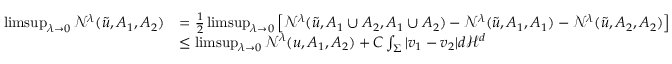
\begin{array} { r l } { \operatorname* { l i m s u p } _ { \lambda \to 0 } \mathcal { N } ^ { \lambda } ( \tilde { u } , A _ { 1 } , A _ { 2 } ) } & { = \frac { 1 } { 2 } \operatorname* { l i m s u p } _ { \lambda \to 0 } \left[ \mathcal { N } ^ { \lambda } ( \tilde { u } , A _ { 1 } \cup A _ { 2 } , A _ { 1 } \cup A _ { 2 } ) - \mathcal { N } ^ { \lambda } ( \tilde { u } , A _ { 1 } , A _ { 1 } ) - \mathcal { N } ^ { \lambda } ( \tilde { u } , A _ { 2 } , A _ { 2 } ) \right] } \\ & { \leq \operatorname* { l i m s u p } _ { \lambda \to 0 } \mathcal { N } ^ { \lambda } ( u , A _ { 1 } , A _ { 2 } ) + C \int _ { \Sigma } | v _ { 1 } - v _ { 2 } | d \mathcal { H } ^ { d } } \end{array}